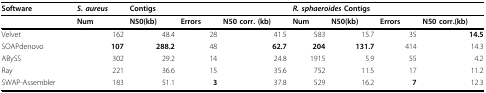
<table><thead><tr><td><b>Software</b></td><td><b><i>S. aureus</i></b></td><td><b>Contigs</b></td><td></td><td></td><td colspan="4"><b><i>R. sphaeroides </i>Contigs</b></td></tr></thead><tbody><tr><td></td><td><b>Num</b></td><td><b>N50(kb)</b></td><td><b>Errors</b></td><td><b>N50 corr. (kb)</b></td><td><b>Num</b></td><td><b>N50(kb)</b></td><td><b>Errors</b></td><td><b>N50 corr.(kb)</b></td></tr><tr><td>Velvet</td><td>162</td><td>48.4</td><td>28</td><td>41.5</td><td>583</td><td>15.7</td><td>35</td><td><b>14.5</b></td></tr><tr><td>SOAPdenovo</td><td><b>107</b></td><td><b>288.2</b></td><td>48</td><td><b>62.7</b></td><td><b>204</b></td><td><b>131.7</b></td><td>414</td><td>14.3</td></tr><tr><td>ABySS</td><td>302</td><td>29.2</td><td>14</td><td>24.8</td><td>1915</td><td>5.9</td><td>55</td><td>4.2</td></tr><tr><td>Ray</td><td>221</td><td>36.6</td><td>15</td><td>35.6</td><td>752</td><td>11.5</td><td>17</td><td>11.2</td></tr><tr><td>SWAP-Assembler</td><td>183</td><td>51.1</td><td><b>3</b></td><td>37.8</td><td>529</td><td>16.2</td><td><b>7</b></td><td>12.3</td></tr></tbody></table>